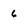
Character: 6